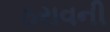
ઠરાવની